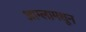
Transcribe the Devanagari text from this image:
आम्लामधून